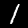
Label: 1